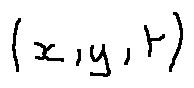
( x , y , t )